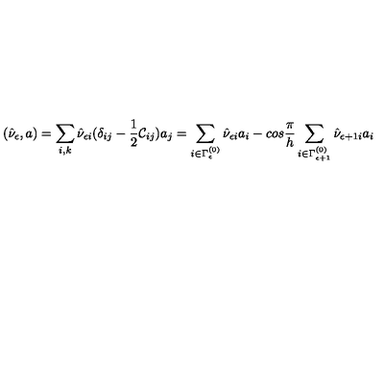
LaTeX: ( \hat { \nu } _ { \epsilon } , a ) = \sum _ { i , k } \hat { \nu } _ { \epsilon i } ( \delta _ { i j } - \frac { 1 } { 2 } { \cal C } _ { i j } ) a _ { j } = \sum _ { i \in \Gamma _ { \epsilon } ^ { ( 0 ) } } \hat { \nu } _ { \epsilon i } a _ { i } - c o s \frac { \pi } { h } \sum _ { i \in \Gamma _ { \epsilon + 1 } ^ { ( 0 ) } } \hat { \nu } _ { \epsilon + 1 i } a _ { i }